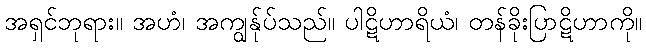
အရှင်ဘုရား။ အဟံ၊ အကျွန်ုပ်သည်။ ပါဋိဟာရိယံ၊ တန်ခိုးပြာဋိဟာကို။